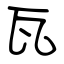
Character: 瓦